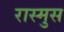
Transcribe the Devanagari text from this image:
रास्मुस